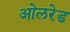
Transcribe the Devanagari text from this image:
ओलरेड